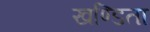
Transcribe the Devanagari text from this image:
खण्डिता